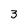
Character: 3